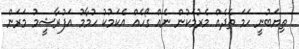
ތިޔަބުނީ ހަމަ ތެދެއް މެރުމަކުން ނެއް ގޯހެއް އެކަމުކު ހުމާމު އަފުރާޝީމު މަރަން